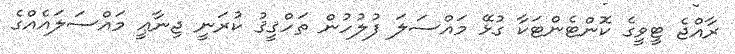
ރާއްޖެ ޓީވީގެ ކޮންޓެންޓަކާ ގުޅޭ މައްސަލަ ފުލުހުން ތަހްޤީޤު ކުރަނީ ޖިނާޢީ މައްސަލައެއްގެ